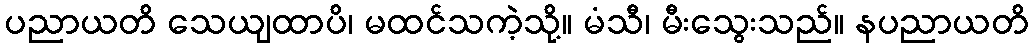
ပညာယတိ သေယျထာပိ၊ မထင်သကဲ့သို့။ မံသီ၊ မီးသွေးသည်။ နပညာယတိ